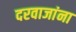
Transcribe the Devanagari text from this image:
दरवाजांना